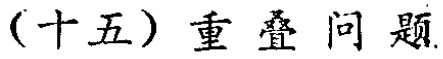
（十五）重叠问题